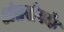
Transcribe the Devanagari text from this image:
अंतसंपर्क